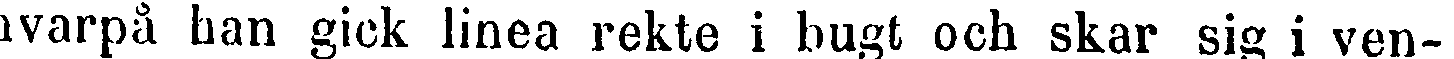
hvarpå han gick linea rekte i bugt och skar sig i ven-